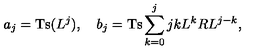
a _ { j } = \mathrm { T s } ( L ^ { j } ) , \quad b _ { j } = \mathrm { T s } \sum _ { k = 0 } ^ { j } { \binom { j } { k } } L ^ { k } R L ^ { j - k } ,